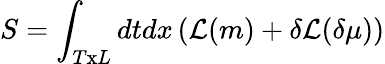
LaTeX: S=\int_{T\textrm{x}L}dtdx\left({\cal{\mathcal{L}}}(m)+\delta{\cal{\mathcal{L}}}(\delta\mu)\right)